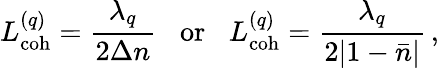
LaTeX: L_{\mathrm{coh}}^{(q)}=\frac{\lambda_{q}}{2\Delta n}\; \; \; \textrm{or}\; \; \; L_{\mathrm{coh}}^{(q)}=\frac{\lambda_{q}}{2|1-\bar{n}|}\, ,